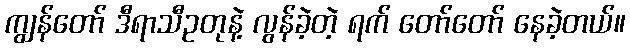
ကျွန်တော် ဒီရာသီဥတုနဲ့ လွန်ခဲ့တဲ့ ရက် တော်တော် နေခဲ့တယ်။